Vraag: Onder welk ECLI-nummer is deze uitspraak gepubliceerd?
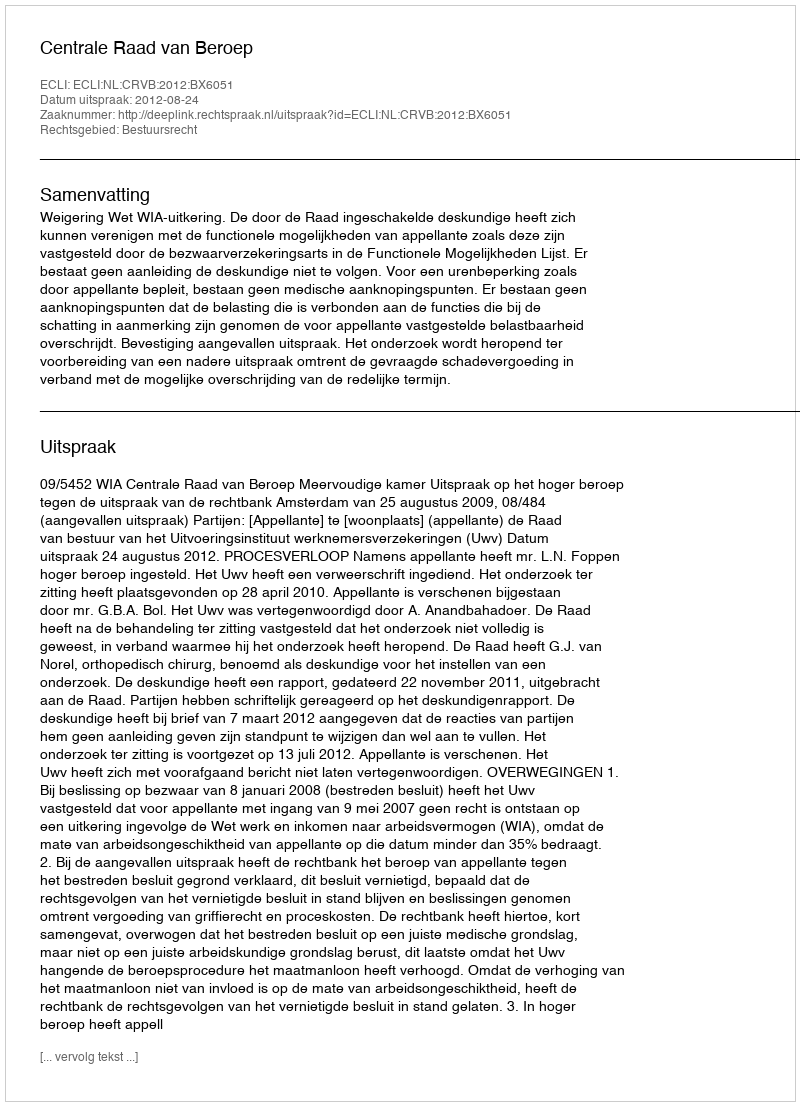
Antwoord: ECLI:NL:CRVB:2012:BX6051